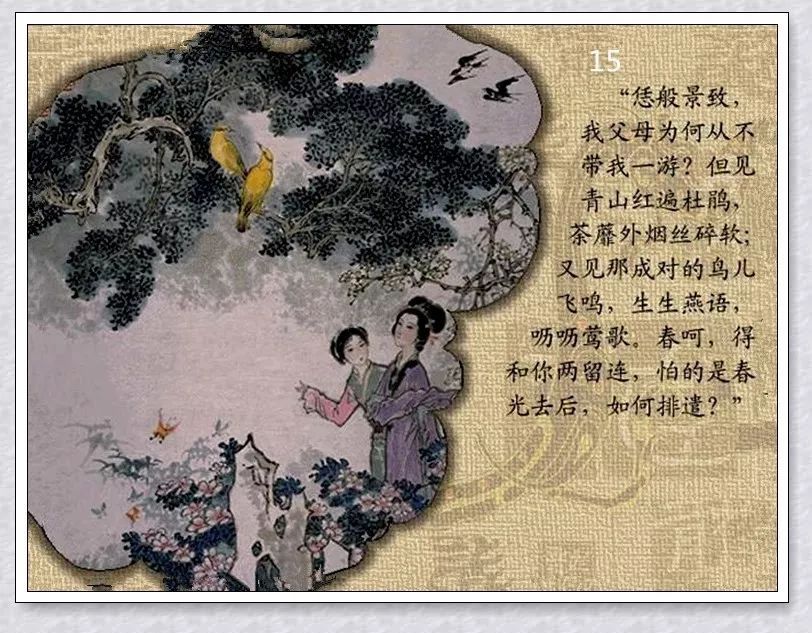
主道明则下安，主道幽则下危。故下安则贵上，下危则贱上。